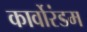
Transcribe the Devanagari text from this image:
कार्वोरंडम